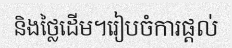
និងថ្លៃដើម។រៀបចំការផ្តល់